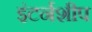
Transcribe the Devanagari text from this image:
इंटर्नशीप